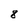
Character: 8